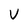
Character: v